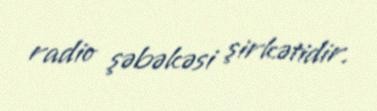
radio şəbəkəsi şirkətidir.